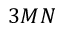
3 M N